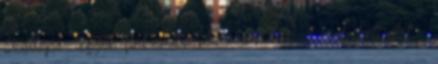
szállópor, egyéb fini emissziók okán ,szóval vízfejbeli élet =